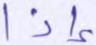
إذا